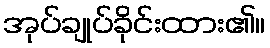
အုပ်ချုပ်ခိုင်းထား၏။